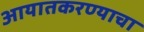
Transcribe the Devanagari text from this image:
आयातकरण्याचा